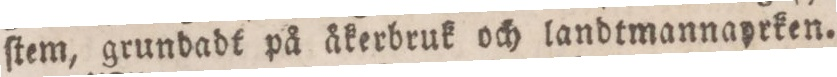
ſtem, grundadt på åkerbruk och landtmannaprken.